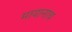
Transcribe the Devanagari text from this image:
मायानाथ